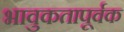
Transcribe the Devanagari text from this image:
भावुकतापूर्वक